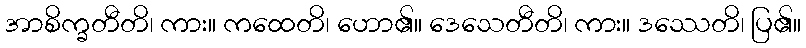
အာစိက္ခတီတိ၊ ကား။ ကထေတိ၊ ဟော၏။ ဒေသေတီတိ၊ ကား။ ဒဿေတိ၊ ပြ၏။